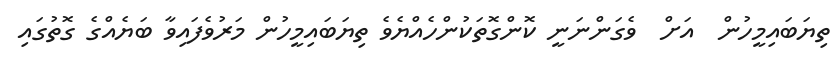
ތިޔަބައިމީހުން  އަށް  ވެގަންނަނީ ކޮންގޮތަކުންހެއްޔެވެ ތިޔަބައިމީހުން މަރުވެފައިވާ ބަޔެއްގެ ގޮތުގައި